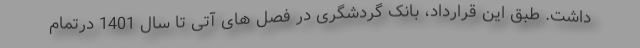
داشت. طبق این قرارداد، بانک گردشگری در فصل های آتی تا سال 1401 درتمام